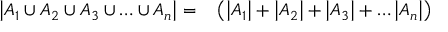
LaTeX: \begin{array} { r l } { \left| A _ { 1 } \cup A _ { 2 } \cup A _ { 3 } \cup \ldots \cup A _ { n } \right| = } & { { } \left( \left| A _ { 1 } \right| + \left| A _ { 2 } \right| + \left| A _ { 3 } \right| + \ldots \left| A _ { n } \right| \right) } \end{array}